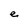
Character: e